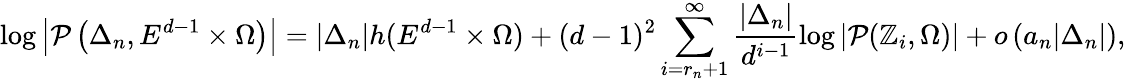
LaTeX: \log\left|\mathcal{P}\left(\Delta_{n},E^{d-1}\times\Omega\right)\right|=\left|\Delta_{n}\right|h(E^{d-1}\times\Omega)+(d-1)^{2}\sum_{i=r_{n}+1}^{\infty}\frac{|\Delta_{n}|}{d^{i-1}}\log|\mathcal{P}(\mathbb{Z}_{i},\Omega)|+o\left(a_{n}|\Delta_{n}|\right),